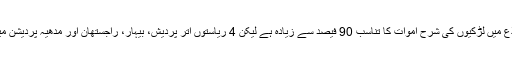
محققین کے مطابق بھارت کے تمام اضلاع میں لڑکیوں کی شرح اموات کا تناسب 90 فیصد سے زیادہ ہے لیکن 4 ریاستوں اتر پردیش، بیہار، راجستھان اور مدھیہ پردیشن میں 2 تھائی شرح اموات ریکارڈ کی گئیں۔